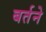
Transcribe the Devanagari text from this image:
बर्तने